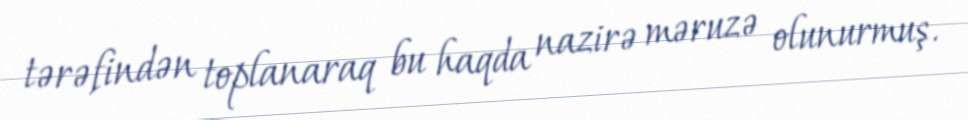
tərəfindən toplanaraq bu haqda nazirə məruzə olunurmuş.